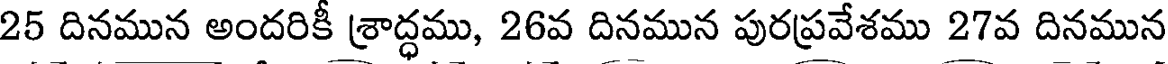
25 దినమున అందరికీ శ్రాద్ధము, 26వ దినమున పురప్రవేశము 27వ దినమున